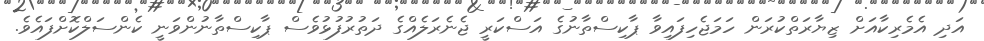
އަދި އެމެރިކާއަށް ޒިޔާރަތްކުރަން ހަމަޖެހިފައިވާ ޕާކިސްތާނުގެ އަސްކަރީ ޖެނެރަލެއްގެ ދަތުރުފުޅުވެސް ޕާކިސްތާނުންވަނީ ކެންސަލްކޮށްފައެވެ.